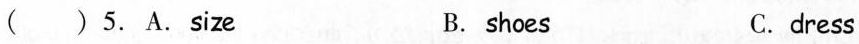
( )5.A.Size B. shoes C.dress